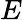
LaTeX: E